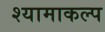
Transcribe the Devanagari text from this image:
श्यामाकल्प